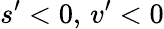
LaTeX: {s}^{\prime}<0,\, {v}^{\prime}<0